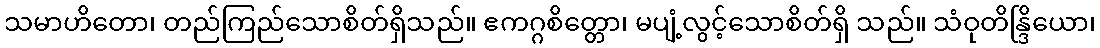
သမာဟိတော၊ တည်ကြည်သောစိတ်ရှိသည်။ ဧကဂ္ဂစိတ္တော၊ မပျံ့လွင့်သောစိတ်ရှိ သည်။ သံဝုတိန္ဒြိယော၊